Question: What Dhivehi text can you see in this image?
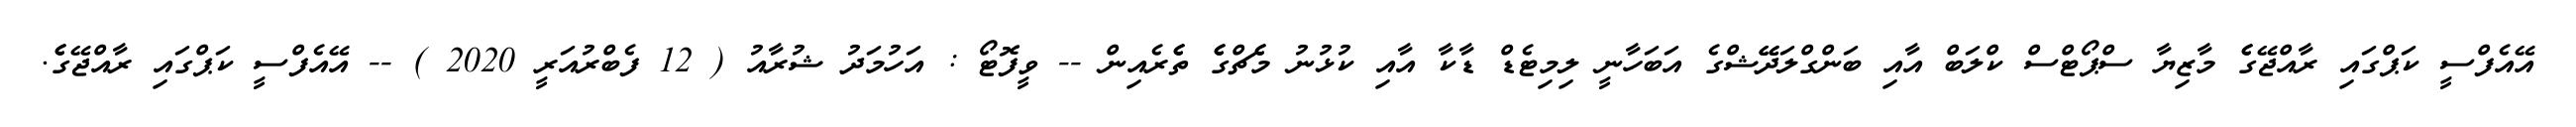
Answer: އޭއެފްސީ ކަޕްގައި ރާއްޖޭގެެ މާޒިޔާ ސްޕޯޓްސް ކްލަބް އާއި ބަންގްލަދޭޭޝްގެ އަބަހާނީ ލިމިޓެޑް ޑާކާ އާއި ކުޅުނު މެެޗްގެެ ތެެރެއިން -- ވީފޮޓޯ : އަހުމަދު ޝުރާއު ( 12 ފެބްރުއަރީ 2020 ) -- އޭއެފްސީ ކަޕްގައި ރާއްޖޭގެެ.